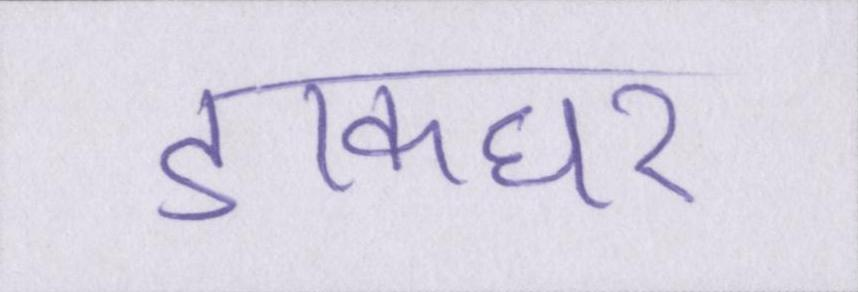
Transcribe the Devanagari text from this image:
डाकघर